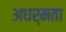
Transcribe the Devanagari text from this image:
अधर्मता